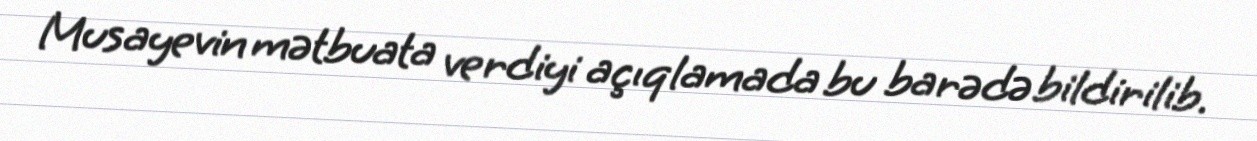
Musayevin mətbuata verdiyi açıqlamada bu barədə bildirilib.